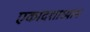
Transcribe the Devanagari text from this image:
एकादशाध्याय